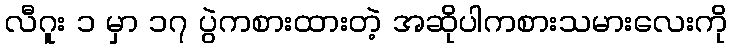
လီဂူး ၁ မှာ ၁၇ ပွဲကစားထားတဲ့ အဆိုပါကစားသမားလေးကို